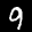
Label: 9